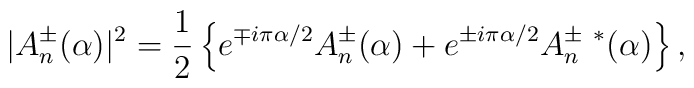
|A_{n}^{\pm}(\alpha)|^{2}	=	{1\over 2}\left\{e^{\mp i\pi\alpha/2}A_{n}^{\pm}(\alpha)	+e^{\pm i\pi\alpha/2}A_{n}^{\pm\ *}(\alpha)\right\},